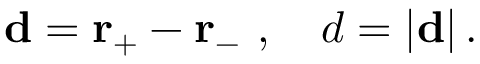
\mathbf { d } = \mathbf { r } _ { + } - \mathbf { r } _ { - } \ , \ \ \ d = | \mathbf { d } | \, .